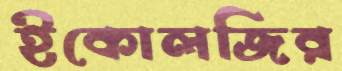
ইকোলজির